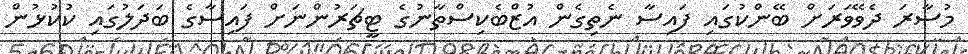
މުސާރަ ދެވޭވަރަށް ބޭންކުގައި ފައިސާ ނެތިގެން އުޒްބެކިސްތާނުގެ ޓީޗަރުންނަށް ފައިސާގެ ބަދަލުގައި ކުކުޅުން